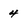
Character: 4